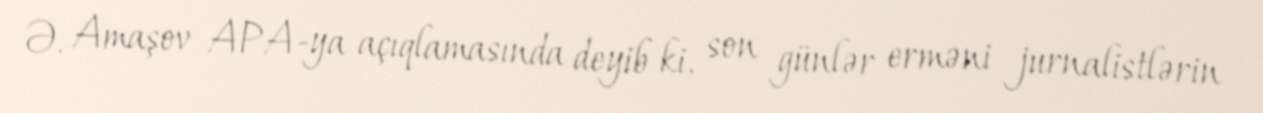
Ə. Amaşov APA-ya açıqlamasında deyib ki, son günlər erməni jurnalistlərin